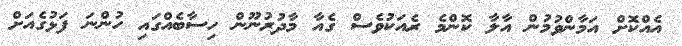
އެއްކޮށް އަމާންވުމުން އާލާ ކޮންމެ ރެއަކުވެސް ގެއާ މާދުރުނޫން ހިސާބެއްގައި ހުންނަ ފަޅުގެއަށް